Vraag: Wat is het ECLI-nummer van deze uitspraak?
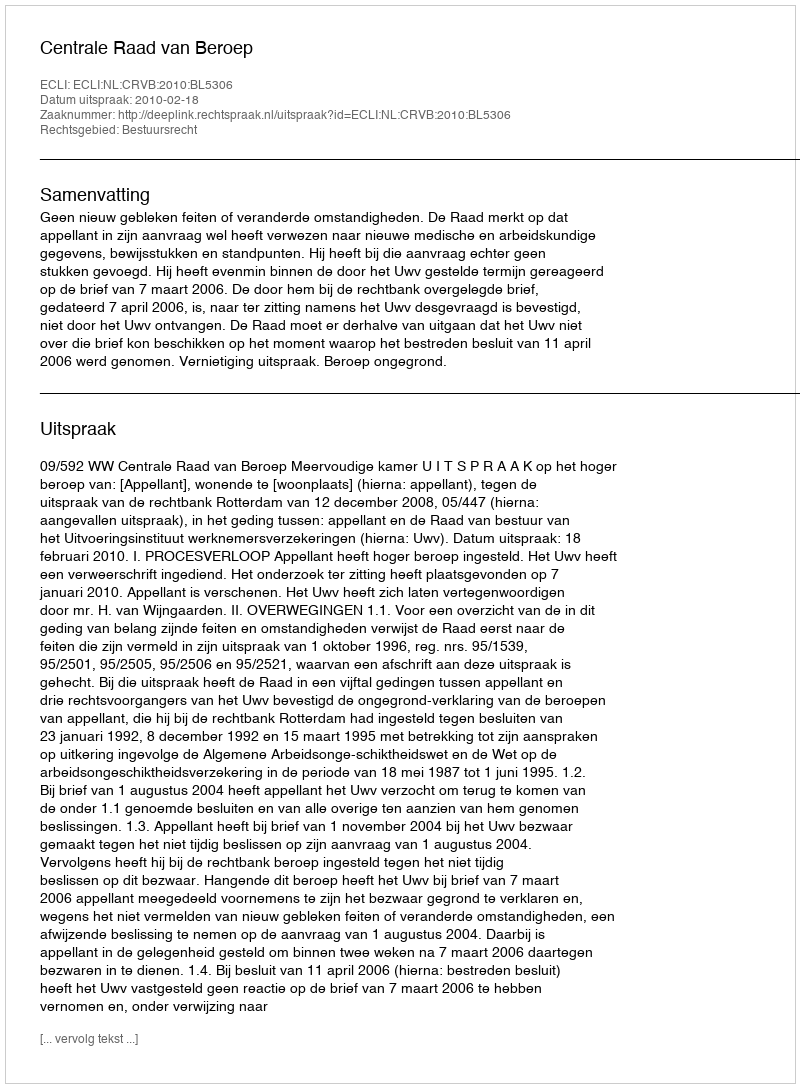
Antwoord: ECLI:NL:CRVB:2010:BL5306